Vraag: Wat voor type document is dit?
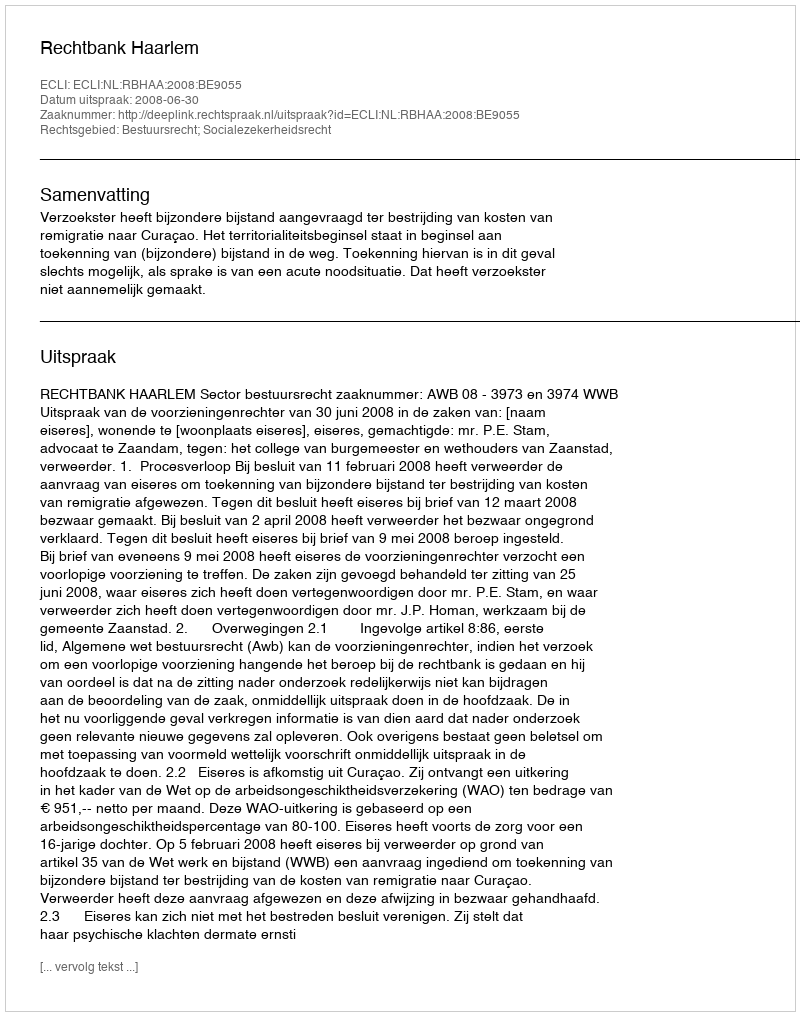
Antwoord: Uitspraak